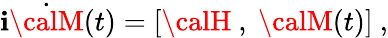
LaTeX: \mathbf{i}\dot{{\calM}}(t)=[{\calH}\ ,\ {\calM}(t)]\ ,